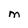
Character: M